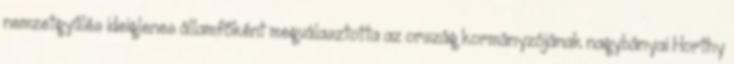
nemzetgyűlés ideiglenes államfőként megválasztotta az ország kormányzójának nagybányai Horthy